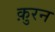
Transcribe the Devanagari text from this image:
क़ुरन